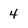
Character: 4